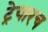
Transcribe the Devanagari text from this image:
ट्रेयारच